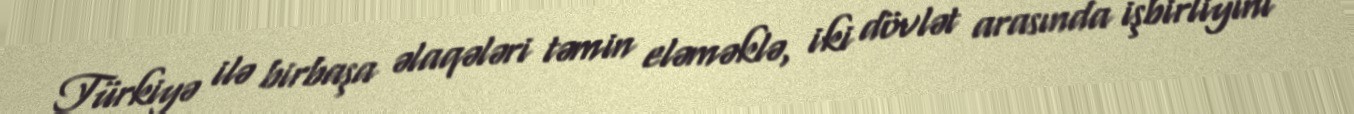
Türkiyə ilə birbaşa əlaqələri təmin eləməklə, iki dövlət arasında işbirliyini